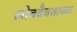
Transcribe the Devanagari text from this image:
लोक्दैवताच्या